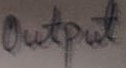
Text: Output